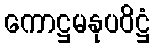
ကောဋ္ဌမနုပဝိဋ္ဌံ